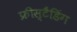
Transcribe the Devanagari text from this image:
फ्रीस्टैंडिंग